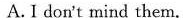
A.I don't mind them.